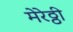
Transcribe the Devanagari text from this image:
मेरेठ्ठी